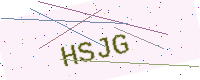
Text: HSJG